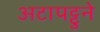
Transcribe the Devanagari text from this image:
अटापट्टुने